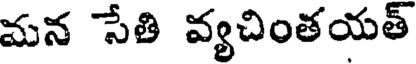
మన సేతి వ్యచింతయత్